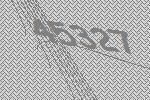
45327